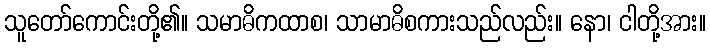
သူတော်ကောင်းတို့၏။ သမာဓိကထာစ၊ သာမာဓိစကားသည်လည်း။ နော၊ ငါတို့အား။